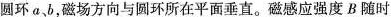
圆环a，b，磁场方向与圆环所在平面垂直。磁感应强度B随时